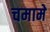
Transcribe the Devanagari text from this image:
चमामे